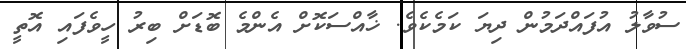
ސުވާލު އުފައްދަމުން ދިޔަ ކަމެކެވެ. ޚާއްސަކޮށް އެންމެ ބޮޑަށް ބިރު ހީވެފައި އޮތީ